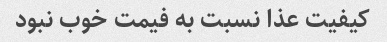
کیفیت عذا نسبت به فیمت خوب نبود